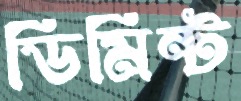
ডিমিন্ট